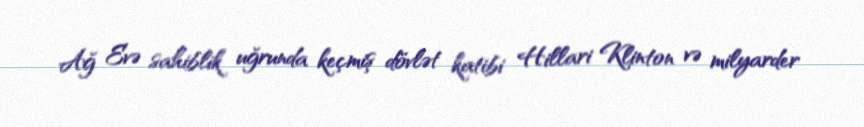
Ağ Evə sahiblik uğrunda keçmiş dövlət katibi Hillari Klinton və milyarder